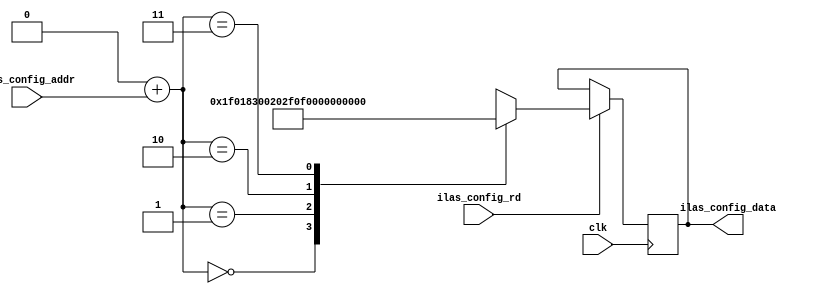
// ***************************************************************************
// ***************************************************************************
// Copyright (C) 2017, 2018, 2021, 2022 Analog Devices, Inc. All rights reserved.
// SPDX short identifier: ADIJESD204
// ***************************************************************************
// ***************************************************************************

`timescale 1ns/100ps

module jesd204_ilas_cfg_static #(
  parameter DID = 8'h00,
  parameter BID = 4'h0,
  parameter L = 5'h3,
  parameter SCR = 1'b1,
  parameter F = 8'h01,
  parameter K = 5'h1f,
  parameter M = 8'h3,
  parameter N = 5'h0f,
  parameter CS = 2'h0,
  parameter NP = 5'h0f,
  parameter SUBCLASSV = 3'h1,
  parameter S = 5'h00,
  parameter JESDV = 3'h1,
  parameter CF = 5'h00,
  parameter HD = 1'b1,
  parameter NUM_LANES = 1,
  parameter DATA_PATH_WIDTH = 4
) (
  input clk,

  input [1:0] ilas_config_addr,
  input ilas_config_rd,
  output reg [NUM_LANES*DATA_PATH_WIDTH*8-1:0] ilas_config_data
);

  wire [31:0] ilas_mem[0:3];
  reg  [31:0] ilas_lane_mem[0:NUM_LANES-1][0:3];

  assign ilas_mem[0][15:0] = 8'h00;
  assign ilas_mem[0][23:16] = DID;         // DID
  assign ilas_mem[0][27:24] = BID;         // BID
  assign ilas_mem[0][31:28] = 4'h0;        // ADJCNT
  assign ilas_mem[1][4:0] = 5'h00;         // LID
  assign ilas_mem[1][5] = 1'b0;            // PHADJ
  assign ilas_mem[1][6] = 1'b0;            // ADJDIR
  assign ilas_mem[1][7] = 1'b0;            // X
  assign ilas_mem[1][12:8] = L;            // L
  assign ilas_mem[1][14:13] = 2'b00;       // X
  assign ilas_mem[1][15] = SCR;            // SCR
  assign ilas_mem[1][23:16] = F;           // F
  assign ilas_mem[1][28:24] = K;           // K
  assign ilas_mem[1][31:29] = 3'b000;      // X
  assign ilas_mem[2][7:0] = M;             // M
  assign ilas_mem[2][12:8] = N;            // N
  assign ilas_mem[2][13] = 1'b0;           // X
  assign ilas_mem[2][15:14] = CS;          // CS
  assign ilas_mem[2][20:16] = NP;          // N'
  assign ilas_mem[2][23:21] = SUBCLASSV;   // SUBCLASSV
  assign ilas_mem[2][28:24] = S;           // S
  assign ilas_mem[2][31:29] = JESDV;       // JESDV
  assign ilas_mem[3][4:0] = CF;            // CF
  assign ilas_mem[3][6:5] = 2'b00;         // X
  assign ilas_mem[3][7] = HD;              // HD
  assign ilas_mem[3][23:8] = 16'h0000;     // X
  assign ilas_mem[3][31:24] = ilas_mem[0][23:16] + ilas_mem[0][31:24] +
    ilas_mem[1][4:0] + ilas_mem[1][5] + ilas_mem[1][6] + ilas_mem[1][12:8] +
    ilas_mem[1][15] + ilas_mem[1][23:16] + ilas_mem[1][28:24] +
    ilas_mem[2][7:0] + ilas_mem[2][12:8] + ilas_mem[2][15:14] +
    ilas_mem[2][20:16] + ilas_mem[2][23:21] + ilas_mem[2][28:24] +
    ilas_mem[2][31:29] + ilas_mem[3][4:0] + ilas_mem[3][7];

  generate
  genvar i;
  genvar j;

  for (i = 0; i < NUM_LANES; i = i + 1) begin: gen_lane
    for(j = 0; j < 4; j = j + 1) begin : gen_word
      always @(*) begin
        ilas_lane_mem[i][j] = ilas_mem[j];
        case(j)
          1: ilas_lane_mem[i][j][4:0] = i;
          3: ilas_lane_mem[i][j][31:24] = ilas_mem[3][31:24] + i;
        endcase
      end
    end

    always @(posedge clk) begin
      if (ilas_config_rd == 1'b1) begin
        if(DATA_PATH_WIDTH == 4) begin
          ilas_config_data[i*32+31:i*32] <= ilas_lane_mem[i][ilas_config_addr];
        end else begin
          ilas_config_data[i*64+63:i*64] <= {ilas_lane_mem[i][{ilas_config_addr[0], 1'b1}], ilas_lane_mem[i][{ilas_config_addr[0], 1'b0}]};
        end
      end
    end
  end
  endgenerate

endmodule